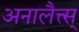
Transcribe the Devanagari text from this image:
अनालैत्त्स्